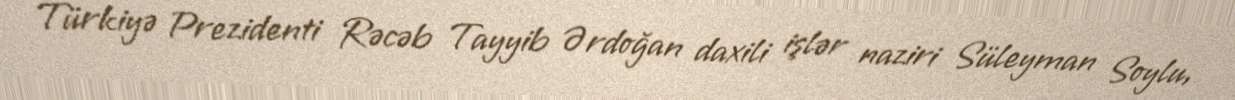
Türkiyə Prezidenti Rəcəb Tayyib Ərdoğan daxili işlər naziri Süleyman Soylu,